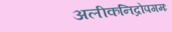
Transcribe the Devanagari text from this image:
अलीकनिद्रोपगमः